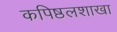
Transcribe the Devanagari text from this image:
कपिष्ठलशाखा